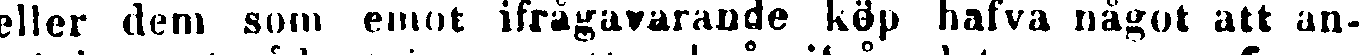
eller dem som emot ifrågavarande köp hafva något att an-